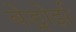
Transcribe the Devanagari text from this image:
बेड्नोर्झ